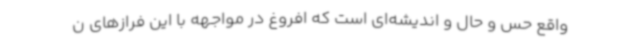
واقع حس و حال و اندیشه‌ای است که افروغ در مواجهه با این فرازهای ن